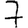
Digit: 7